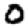
Digit: 0